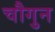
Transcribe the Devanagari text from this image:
चौगुन